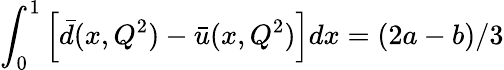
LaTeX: \int_{0}^{1}\left[\bar{d}(x,Q^{2})-\bar{u}(x,Q^{2})\right]dx=(2a-b)/3